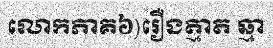
លោកភាគ៦)រឿងត្មាត ឆ្មា